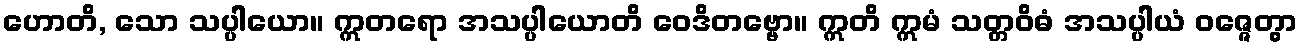
ဟောတိ, သော သပ္ပါယော။ ဣတရော အသပ္ပါယောတိ ဝေဒိတဗ္ဗော။ ဣတိ ဣမံ သတ္တဝိဓံ အသပ္ပါယံ ဝဇ္ဇေတွာ